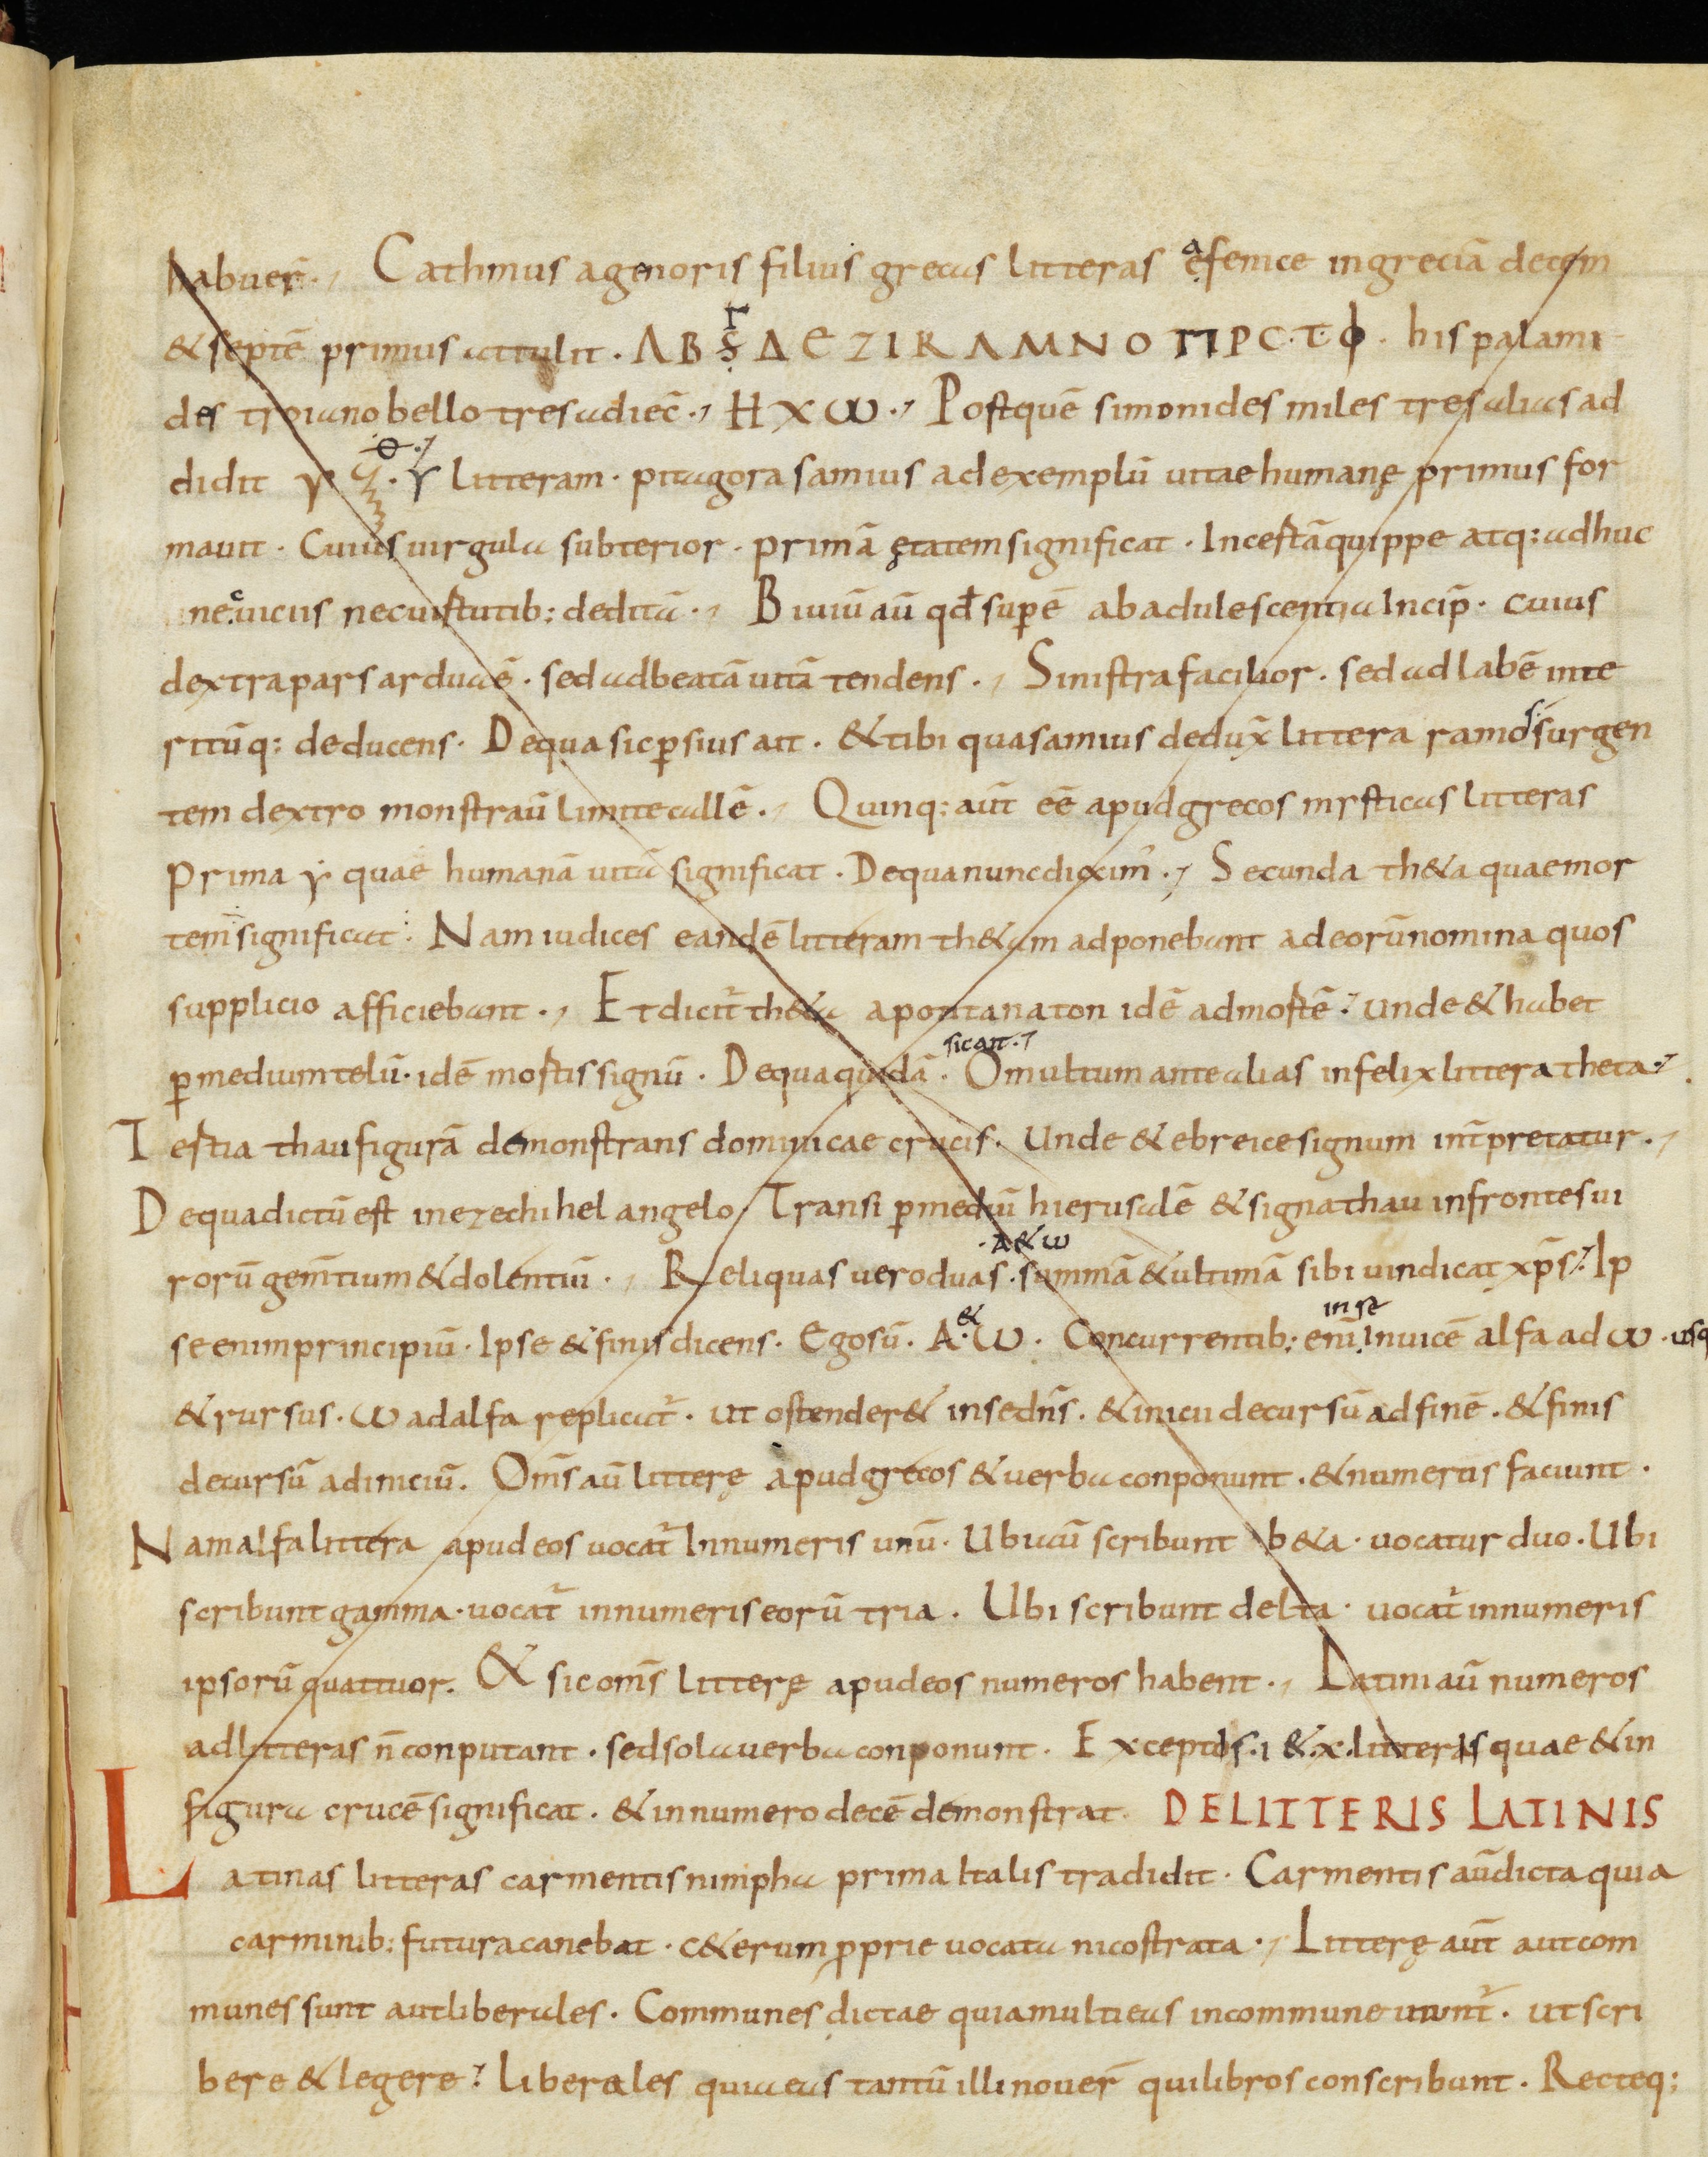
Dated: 833–865